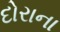
દોરાના